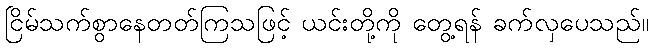
ငြိမ်သက်စွာနေတတ်ကြသဖြင့် ယင်းတို့ကို တွေ့ရန် ခက်လှပေသည်။